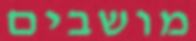
מושבים